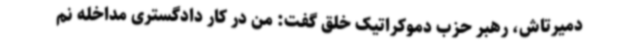
دمیرتاش، رهبر حزب دموکراتیک خلق گفت: من در کار دادگستری مداخله نم